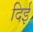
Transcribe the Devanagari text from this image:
दिई